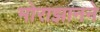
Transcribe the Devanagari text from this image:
मोराझानने